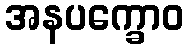
အနပက္ခောဝ